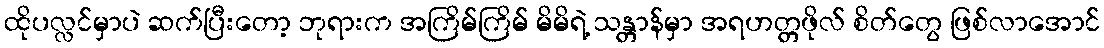
ထိုပလ္လင်မှာပဲ ဆက်ပြီးတော့ ဘုရားက အကြိမ်ကြိမ် မိမိရဲ့ သန္တာန်မှာ အရဟတ္တဖိုလ် စိတ်တွေ ဖြစ်လာအောင်